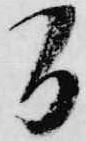
間